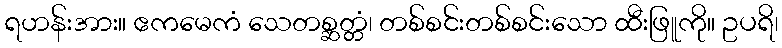
ရဟန်းအား။ ဧကမေကံ သေတစ္ဆတ္တံ၊ တစ်စင်းတစ်စင်းသော ထီးဖြူကို။ ဥပရိ၊